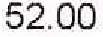
52.00